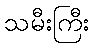
သမီးကြီး